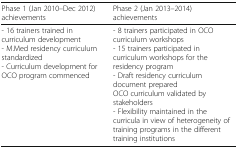
| Phase 1 (Jan 2010–Dec 2012) achievements | Phase 2 (Jan 2013–2014) achievements |
 | --- | --- |
 | - 16 trainers trained in curriculum development- M.Med residency curriculum standardized- Curriculum development for OCO program commenced | - 8 trainers participated in OCO curriculum workshops- 15 trainers participated in curriculum workshops for the residency program- Draft residency curriculum document preparedOCO curriculum validated by stakeholders- Flexibility maintained in the curricula in view of heterogeneity of training programs in the different training institutions |